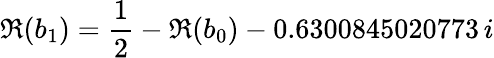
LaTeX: \Re(b_{1})=\frac{1}{2}-\Re(b_{0})-0.6300845020773\, i